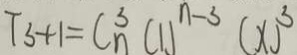
T _ { 3 } + 1 = C ^ { 3 } _ { n } ( 1 ) ^ { n - 3 } ( x ) ^ { 3 }